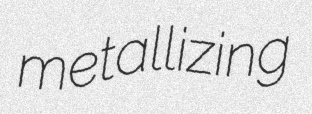
metallizing